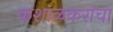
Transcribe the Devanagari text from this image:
कशाळकरांचा